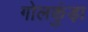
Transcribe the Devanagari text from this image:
गोलकुंड़ा